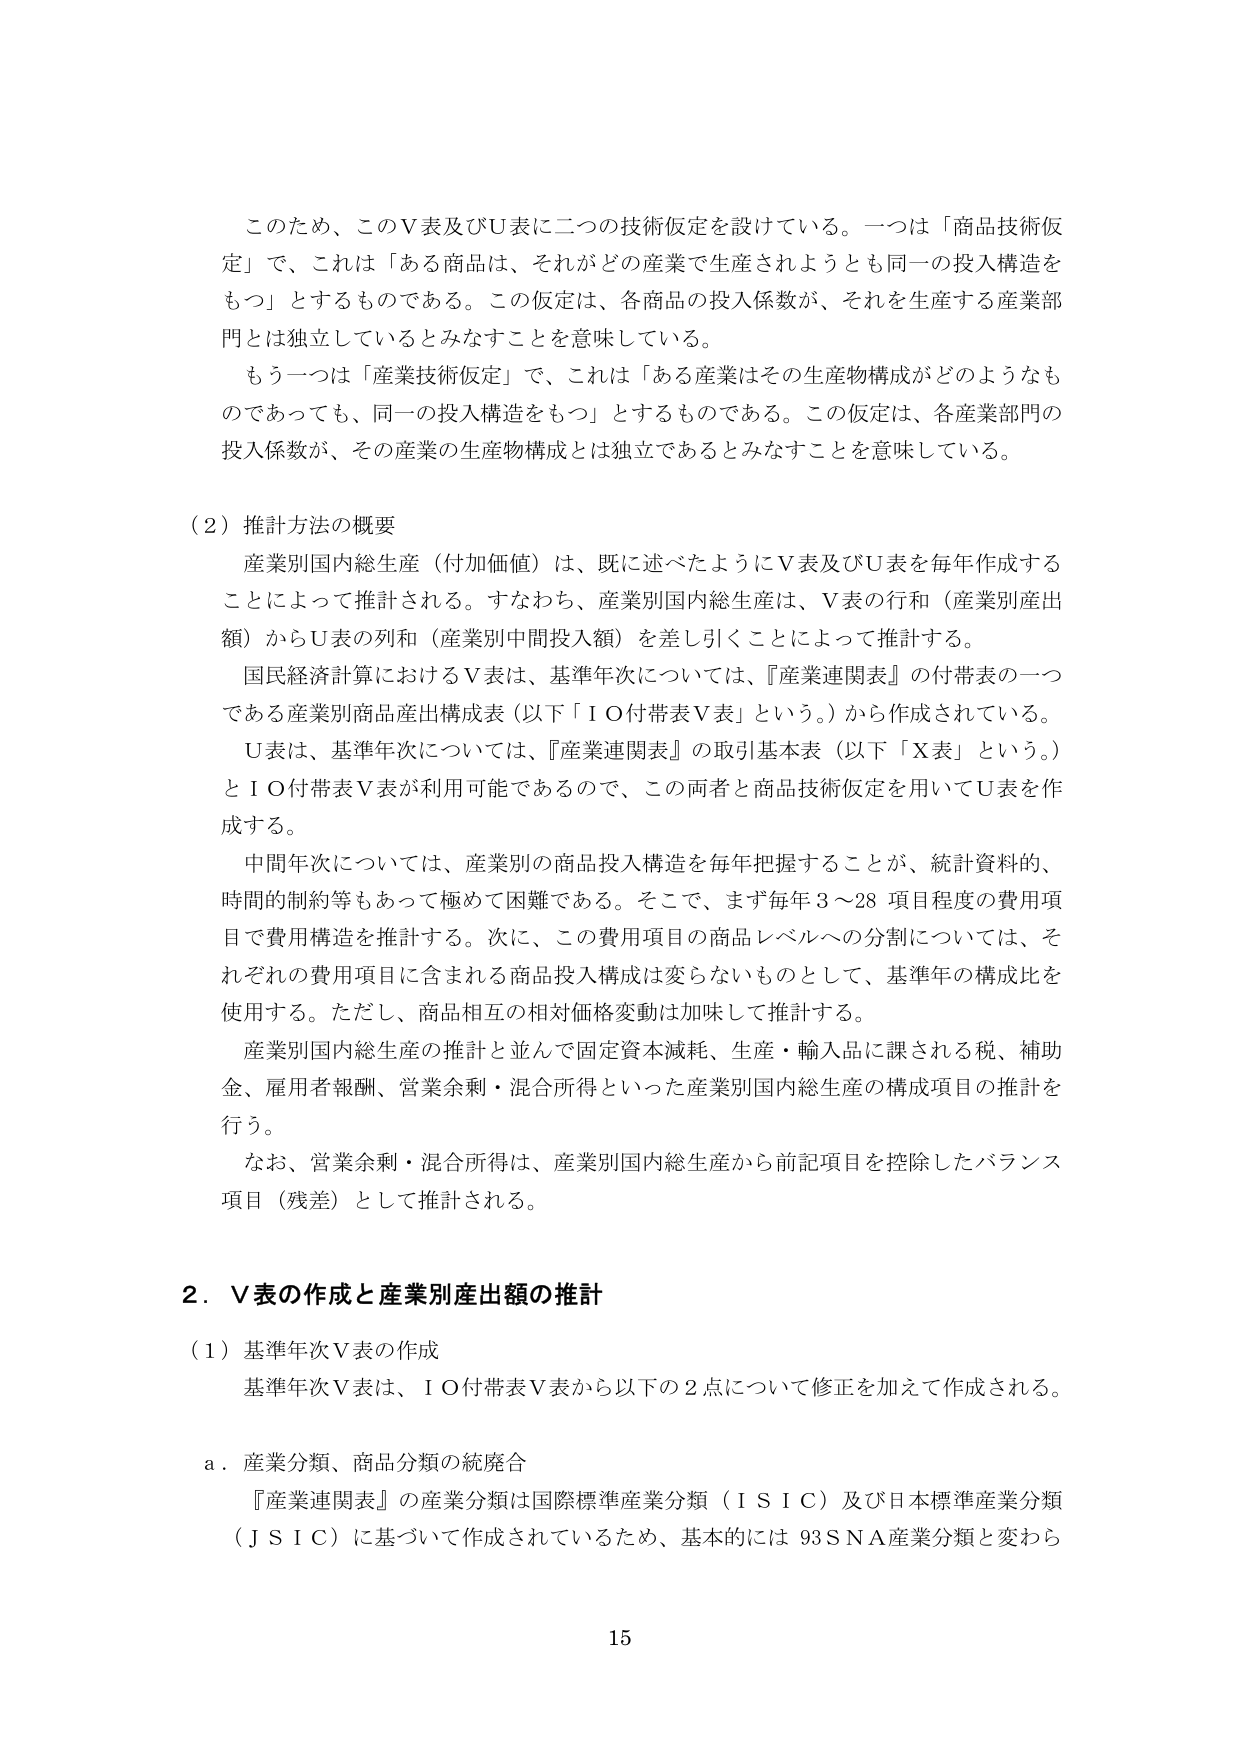
このため、このＶ表及びＵ表に二つの技術仮定を設けている。一つは「商品技術仮定」で、これは「ある商品は、それがどの産業で生産されようとも同一の投入構造をもつ」とするものである。この仮定は、各商品の投入係数が、それを生産する産業部門とは独立しているとみなすことを意味している。

もう一つは「産業技術仮定」で、これは「ある産業はその生産物構成がどのようなものであっても、同一の投入構造をもつ」とするものである。この仮定は、各産業部門の投入係数が、その産業の生産物構成とは独立であるとみなすことを意味している。

（２）推計方法の概要

産業別国内総生産（付加価値）は、既に述べたようにＶ表及びＵ表を毎年作成することによって推計される。すなわち、産業別国内総生産は、Ｖ表の行和（産業別産出額）からＵ表の列和（産業別中間投入額）を差し引くことによって推計する。

国民経済計算におけるＶ表は、基準年次については、『産業連関表』の付帯表の一つである産業別商品産出構成表（以下「ＩＯ付帯表Ｖ表」という。）から作成されている。

Ｕ表は、基準年次については、『産業連関表』の取引基本表（以下「Ｘ表」という。）とＩＯ付帯表Ｖ表が利用可能であるので、この両者と商品技術仮定を用いてＵ表を作成する。

中間年次については、産業別の商品投入構造を毎年把握することが、統計資料的、時間的制約等もあって極めて困難である。そこで、まず毎年３～28 項目程度の費用項目で費用構造を推計する。次に、この費用項目の商品レベルへの分割については、それぞれの費用項目に含まれる商品投入構成は変わらないものとして、基準年の構成比を使用する。ただし、商品相互の相対価格変動は加味して推計する。

産業別国内総生産の推計と並んで固定資本減耗、生産・輸入品に課される税、補助金、雇用者報酬、営業余剰・混合所得といった産業別国内総生産の構成項目の推計を行う。

なお、営業余剰・混合所得は、産業別国内総生産から前記項目を控除したバランス項目（残差）として推計される。

２．Ｖ表の作成と産業別産出額の推計

（１）基準年次Ｖ表の作成

基準年次Ｖ表は、ＩＯ付帯表Ｖ表から以下の２点について修正を加えて作成される。

ａ．産業分類、商品分類の統廃合

『産業連関表』の産業分類は国際標準産業分類（ＩＳＩＣ）及び日本標準産業分類（ＪＳＩＣ）に基づいて作成されているため、基本的には93ＳＮＡ産業分類と変わら

15